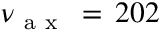
\nu _ { \mathrm { ~ a ~ x ~ } } \, = \, 2 0 2